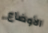
الأوضاع